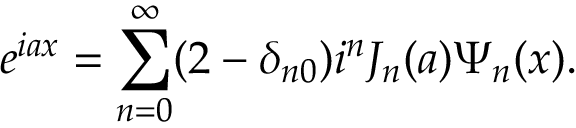
e ^ { i a x } = \sum _ { n = 0 } ^ { \infty } ( 2 - \delta _ { n 0 } ) i ^ { n } J _ { n } ( a ) \Psi _ { n } ( x ) .